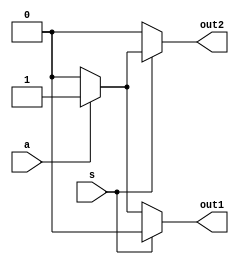
//This is for the 1:2 demux module.

module one_to_two_demux_behavioral_module (a, s, out1, out2);
	input a;
	input s;	
	output out1, out2;
	reg out1, out2;
	
	always@(a or s)
	begin
		if (s == 1'b0)
		begin
			if(a == 1'b0)
			begin
				out1 <= 1'b0;
				out2 <= 1'b0;
			end
			else
			begin
				out1 <= 1'b1;
				out2 <= 1'b0;
			end
		end
		else
		begin
			if(a == 1'b0)
			begin
				out1 <= 1'b0;
				out2 <= 1'b0;
			end
			else
			begin
				out1 <= 1'b0;
				out2 <= 1'b1;
			end
		end	
	end

endmodule